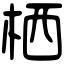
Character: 栖